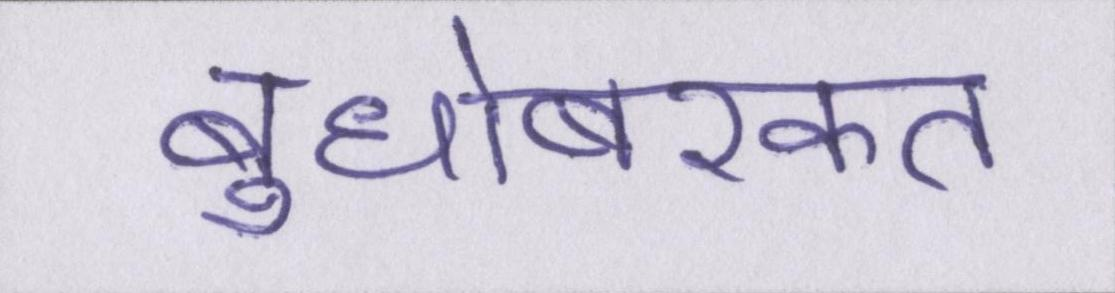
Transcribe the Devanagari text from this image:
बुधोबरकत